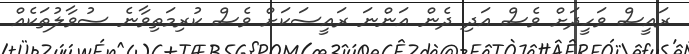
ރައީސް ވަހީދަށް ވެސް އަދި ދެން އަންނަ ރައީސަކަށް ވެސް ކުރިމަތިވާނެ ސުވާލުތަކެއް